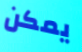
يمكن